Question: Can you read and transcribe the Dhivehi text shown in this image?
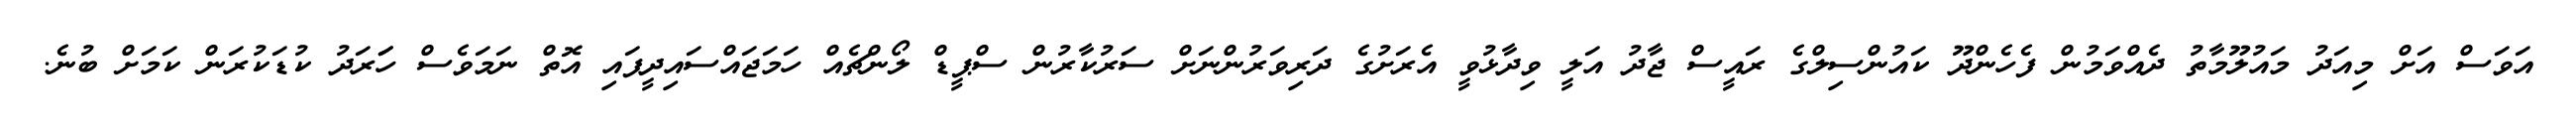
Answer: އަވަސް އަށް މިއަދު މައުލޫމާތު ދެއްވަމުން ފެހެންދޫ ކައުންސިލްގެ ރައީސް ޖާދު އަލީ ވިދާޅުވީ އެރަށުގެ ދަރިވަރުންނަށް ސަރުކާރުން ސްޕީޑް ލޯންޗެއް ހަމަޖައްސައިދީފައި އޮތް ނަމަވެސް ހަަރަދު ކުޑަކުރަން ކަމަށް ބުނެ.